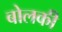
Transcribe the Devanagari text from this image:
बोलकी